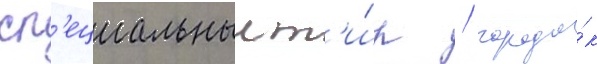
сп'ециальныи т'и́р / городо́к